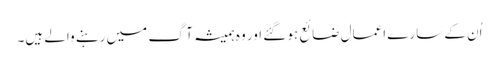
اُن کے سارے اعمال ضائع ہو گئے اور وہ ہمیشہ آگ میں رہنے والے ہیں۔